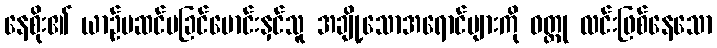
နေစိုး၏ ယာဉ်မဆင်မခြင်မောင်းနှင်သူ အချို့သောအရောင်များကို ဝတ္တု လင်းဖြစ်နေသော